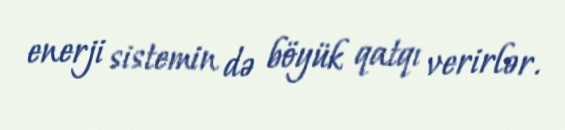
enerji sistemin də böyük qatqı verirlər.